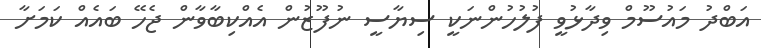
އަބްދު މައުސޫމް ވިދާޅުވީ ފުލުހުންނަކީ ސިޔާސީ ނުފޫޒުން އެއްކިބާވާން ޖެހޭ ބައެއް ކަމަށާ